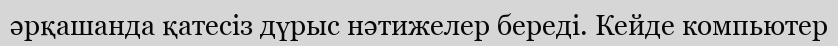
әрқашанда қатесіз дүрыс нәтижелер береді. Кейде компьютер